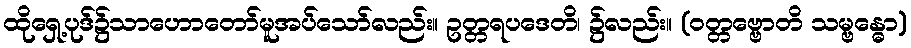
ထိုရှေ့ပုဒ်၌သာဟောတော်မူအပ်သော်လည်း။ ဥတ္တရပဒေတိ၊ ၌လည်း။ (ဝတ္တဗ္ဗောတိ သမ္ဗန္ဓော)